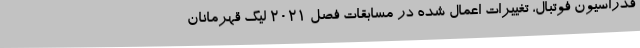
فدراسیون فوتبال، تغییرات اعمال شده در مسابقات فصل 2021 لیگ قهرمانان